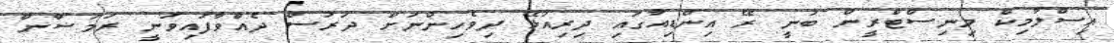
އިސްލާމިކް މިނިސްޓްރީން ބުނީ ރޭ އިންޑިއާގައި ދިރިއުޅޭ ދިވެހިންނަށް ދަރުސް ދެއްވާފައިވަނީ ރަމަޟާން